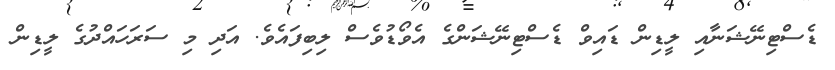
ޑެސްޓިނޭޝަނާއި ލީޑިން ޑައިވް ޑެސްޓިނޭޝަންގެ އެވޯޑުވެސް ލިބިފައެވެ. އަދި މި ސަރަހައްދުގެ ލީޑިން